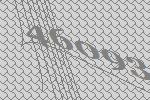
46093